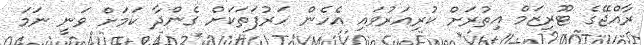
ރާއްޖޭގެ ޓޫރިޒަމް އިތުރަށް ކުރިއަރުވައި އެހެން ހަރުފަތަކަށް ގެންދާ ކަމަށް ވަނީ ނަމަ